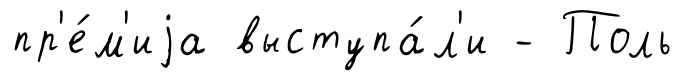
пр'е́м'иjа выступа́л'и - Поль